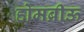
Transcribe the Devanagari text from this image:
होमब्रीऊ